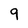
Character: 9